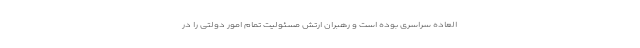
العاده سراسری بوده است و رهبران ارتش مسئولیت تمام امور دولتی را در